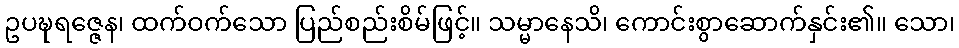
ဥပဍ္ဎရဇ္ဇေန၊ ထက်ဝက်သော ပြည်စည်းစိမ်ဖြင့်။ သမ္မာနေသိ၊ ကောင်းစွာဆောက်နှင်း၏။ သော၊